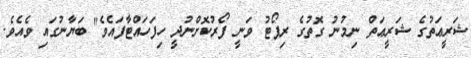
ޝަރީޢަތުގެ ޝަރީޢަތް ނިމުނު ގޮތުގެ ރިޕޯޓު ވަނީ ފޯރުކޮށްނުދީ ހިފަހައްޓާފައެވެ" ބަޔާނުގައި ވެއެވެ.